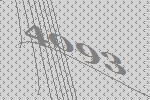
4093